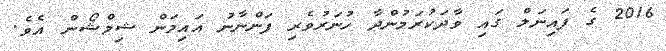
2016 ގެ ފައިނަލް ގައި ވާދަކުރަމުންދާ ހުނަރުވެރި ފަންނާނު އައިމަން ޝިމްޝޯން އެވެ.